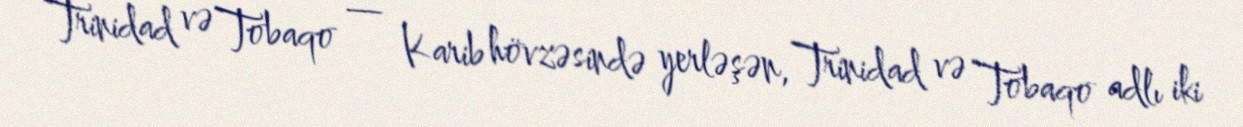
Trinidad və Tobaqo — Karib hövzəsində yerləşən, Trinidad və Tobaqo adlı iki